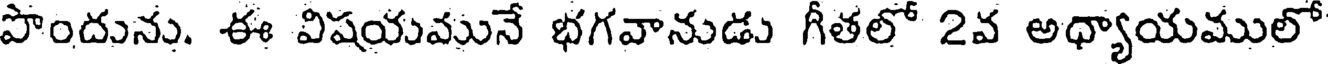
పొందును. ఈ విషయమునే భగవానుడు గీతలో 2వ అధ్యాయములో